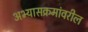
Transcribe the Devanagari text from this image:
अभ्यासक्रमांवरील